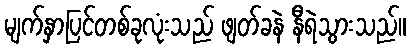
မျက်နှာပြင်တစ်ခုလုံးသည် ဖျတ်ခနဲ နီရဲသွားသည်။